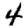
Digit: 4